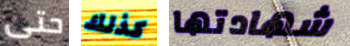
حتى كذلك شهادتها